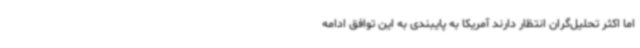
اما اکثر تحلیل‌گران انتظار دارند آمریکا به پایبندی به این توافق ادامه